Vaccination in Bombay 1902-1912 - 1902-1912
Year: 1902
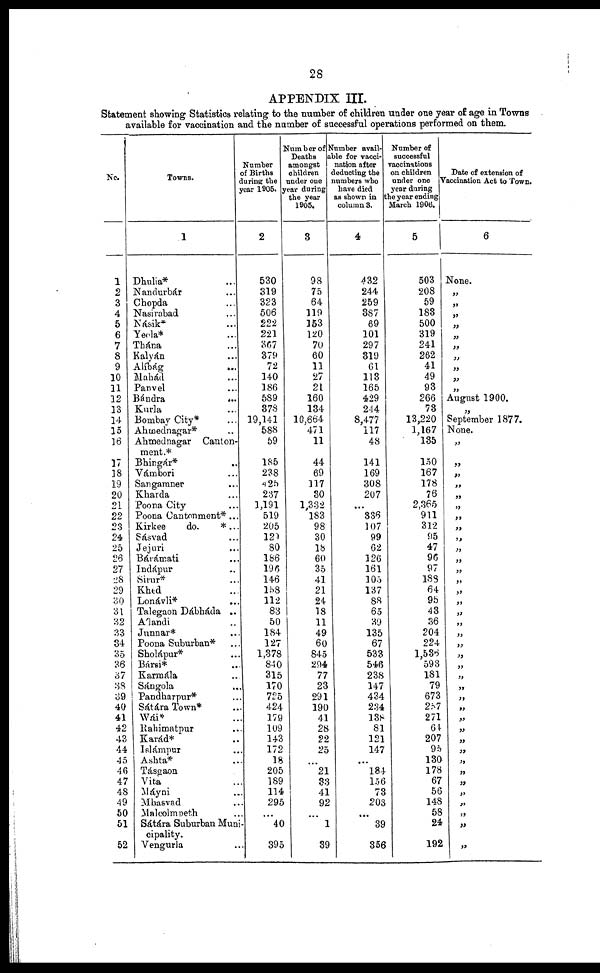
28
APPENDIX III.
Statement showing Statistics relating to the number of children under one year of age in Towns
available for vaccination and the number of successful operations performed on them.
No.
1
2
3
4
5
6
7
8
9
10
11
12
13
14
15
16
17
18
19
20
21
22
23
24
25
26
27
28
29
30
31
32
33
34
35
36
37
38
39
40
41
42
43
44
45
46
47
48
49
50
51
52
Towns.
1
Dhulia* ...
Nandurbár ...
Chopda ...
Nasirabad ...
Násik* ...
Yeola* ...
Thána ...
Kalyán ...
Alíbág
...
Mahád ...
Panvel ...
Bándra
...
Kurla ...
Bombay City* ...
Ahmednagar* ...
Ahmednagar Canton-
ment.*
Bhingár* ...
Vámbori ...
Sangamner ...
Kharda ...
Poona City ...
Poona Cantonment*...
Kirkee
do.
*...
Sásvad ...
Jejuri ...
Bárámati ...
Indápur ...
Sirur* ...
Khed ...
Lonávli* ...
Talegaon Dábháda ..
Álandi ...
Junnar* ...
Poona Suburban* ...
Sholápur* ...
Bársi* ...
Karmála ...
Sángola ...
Pandharpur* ...
Sátára Town* ...
Wái* ...
Rahimatpur ...
Karád* ...
Islámpur ...
Ashta* ...
Tásgaon ...
Vita ...
Máyni ...
Mhasvad ...
Malcolmpeth ...
Sátára Suburban Muni¬
cipality.
Vengurla ...
Number
of Births
during the
year 1905.
2
530
319
323
506
222
221
367
379
72
140
186
589
378
19,141
588
59
185
238
425
237
1,191
519
205
129
80
186
196
146
158
112
83
50
184
127
1,378
840
315
170
725
424
179
109
143
172
18
205
189
114
295
...
40
395
Number of
Deaths
amongst
children
under one
year during
the year
1905.
3
98
75
64
119
153
120
70
60
11
27
21
160
134
10,664
471
11
44
69
117
30
1,332
183
98
30
18
60
35
41
21
24
18
11
49
60
845
294
77
23
291
190
41
28
22
25
...
21
33
41
92
...
1
39
Number avail-
able for vacci-
nation after
deducting the
numbers who
have died
as shown in
column 3.
4
432
244
259
387
69
101
297
319
61
113
165
429
244
8,477
117
48
141
169
308
207
...
336
107
99
62
126
161
105
137
88
65
39
135
67
533
546
238
147
434
234
138
81
121
147
...
184
156
73
203
...
39
356
Number of
successful
vaccinations
on children
under one
year during
the year ending
March 1906.
5
503
208
59
183
500
319
241
262
41
49
93
266
73
13,220
1,167
135
150
167
178
76
2,365
911
312
95
47
96
97
188
64
95
43
36
204
224
1,536
593
181
79
673
257
271
64
207
95
130
178
67
56
148
58
24
192
Date of extension of
Vaccination Act to Town.
6
None.
„
„
„
„
„
„
„
„
„
„
August 1900.
„
September 1877.
None.
„
„
„
„
„
„
„
„
„
„
„
„
„
„
„
„
„
„
„
„
„
„
„
„
„
„
„
„
„
„
„
„
„
„
„
„
„